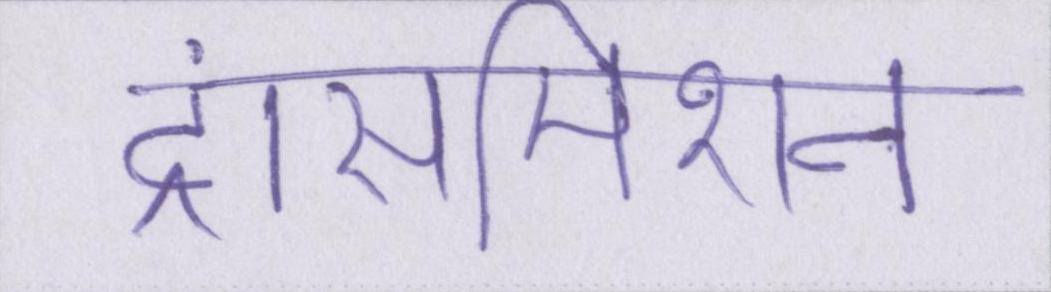
ट्रांसमिशन